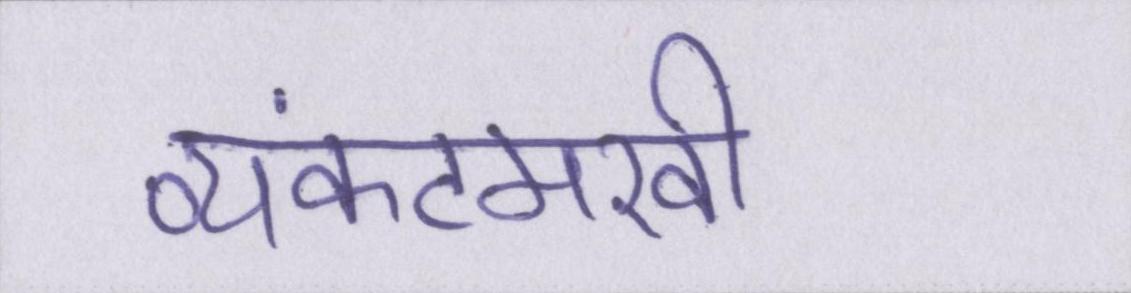
व्यंकटमखी